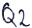
Text: Q2